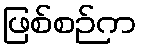
ဖြစ်စဉ်က